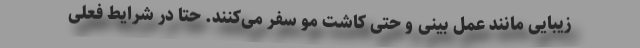
زیبایی مانند عمل بینی و حتی کاشت مو سفر می‌کنند. حتا در شرایط فعلی